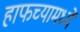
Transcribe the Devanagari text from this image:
हाफच्यामध्ये